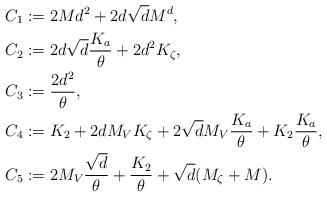
LaTeX: \begin{align*}C_1&:= 2 Md^2 +2d\sqrt{d} M^d,\\C_2&:= 2d\sqrt{d}\frac{K_a}{\theta} + 2d^2 K_\zeta,\\C_3&:= \frac{2d^2}{\theta},\\C_4&:= K_2 + 2d M_V K_\zeta + 2\sqrt{d} M_V \frac{K_a}{\theta} + K_2 \frac{K_a}{\theta},\\C_5&:= 2 M_V \frac{\sqrt{d}}{\theta} +\frac{K_2}{\theta} + \sqrt{d} (M_\zeta +M).\end{align*}